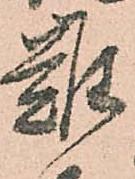
難